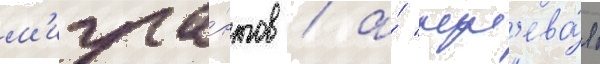
м'игра́нтов / а́ "нул'ева́я